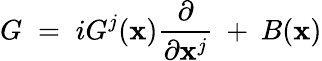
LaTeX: G\; =\; iG^{j}(\mathbf{x})\frac{{\partial}}{{\partial\mathbf{x}^{j}}}\: +\: B(\mathbf{x})